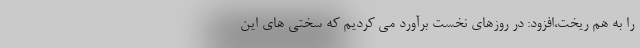
را به هم ریخت،افزود: در روزهای نخست برآورد می کردیم که سختی های این